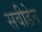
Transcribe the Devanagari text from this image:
सवीडेन